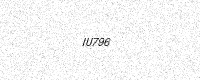
Text: IU796